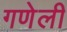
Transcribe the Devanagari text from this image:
गणेली